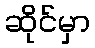
ဆိုင်မှာ